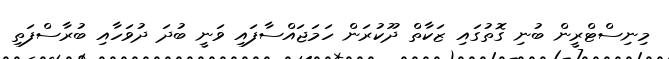
މިނިސްޓްރީން ބުނި ގޮތުގައި ޒަކާތް ދޫކުރަން ހަމަަޖައްސާފައި ވަނީ ބުދަ ދުވަހާއި ބުރާސްފަތި